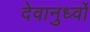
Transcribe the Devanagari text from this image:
देवानुर्ध्वो